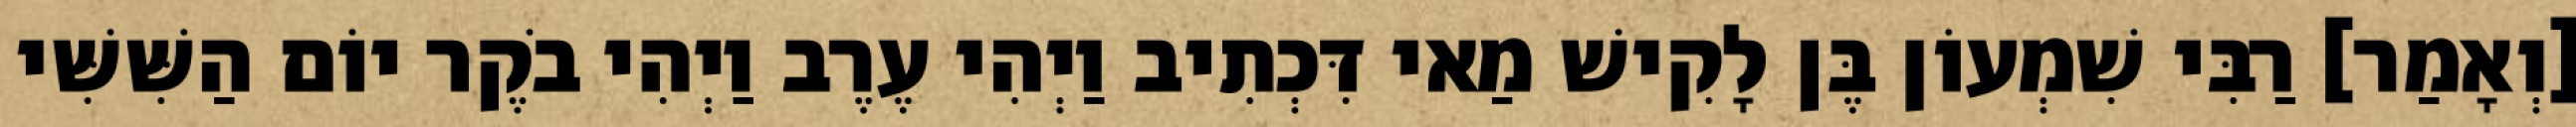
[וְאָמַר] רַבִּי שִׁמְעוֹן בֶּן לָקִישׁ מַאי דִּכְתִיב וַיְהִי עֶרֶב וַיְהִי בֹקֶר יוֹם הַשִּׁשִּׁי